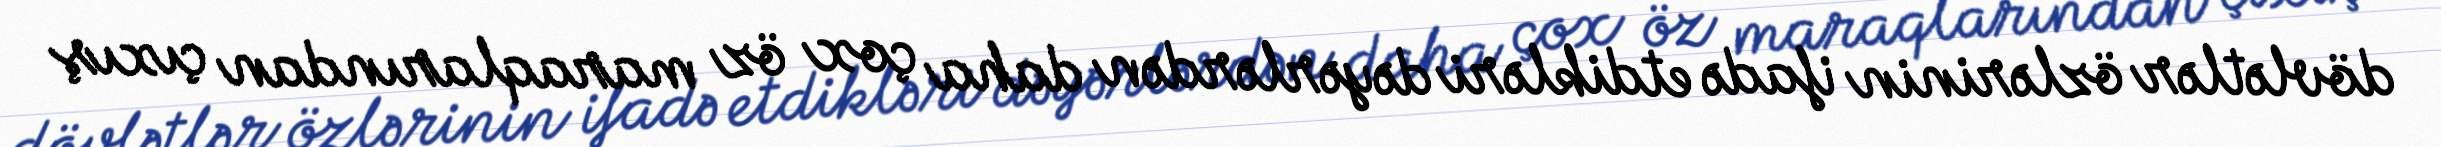
dövlətlər özlərinin ifadə etdikləri dəyərlərdən daha çox öz maraqlarından çıxış